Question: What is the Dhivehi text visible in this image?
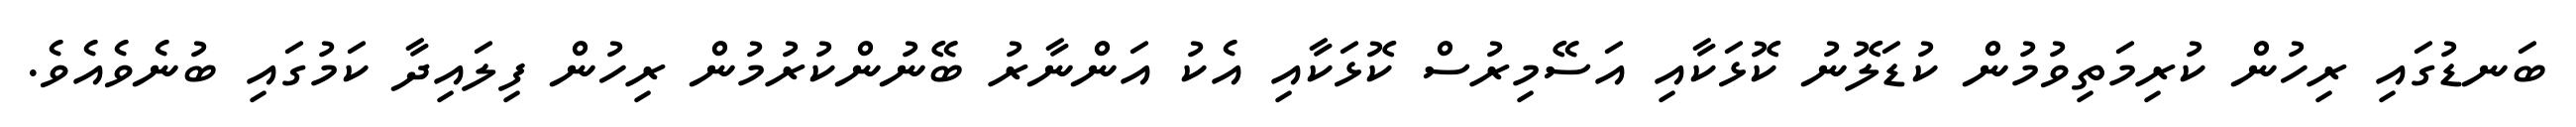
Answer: ބަނޑުގައި ރިހުން ކުރިމަތިވުމުން ކުޑަލޮނު ކޮޅަކާއި އަސޭމިރުސް ކޮޅަކާއި އެކު އަންނާރު ބޭނުންކުރުމުން ރިހުން ފިލައިދާ ކަމުގައި ބުނެވެއެވެ.